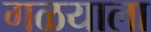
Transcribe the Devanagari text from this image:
गळयाला